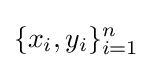
\{x_{i},y_{i}\}_{i=1}^{n}